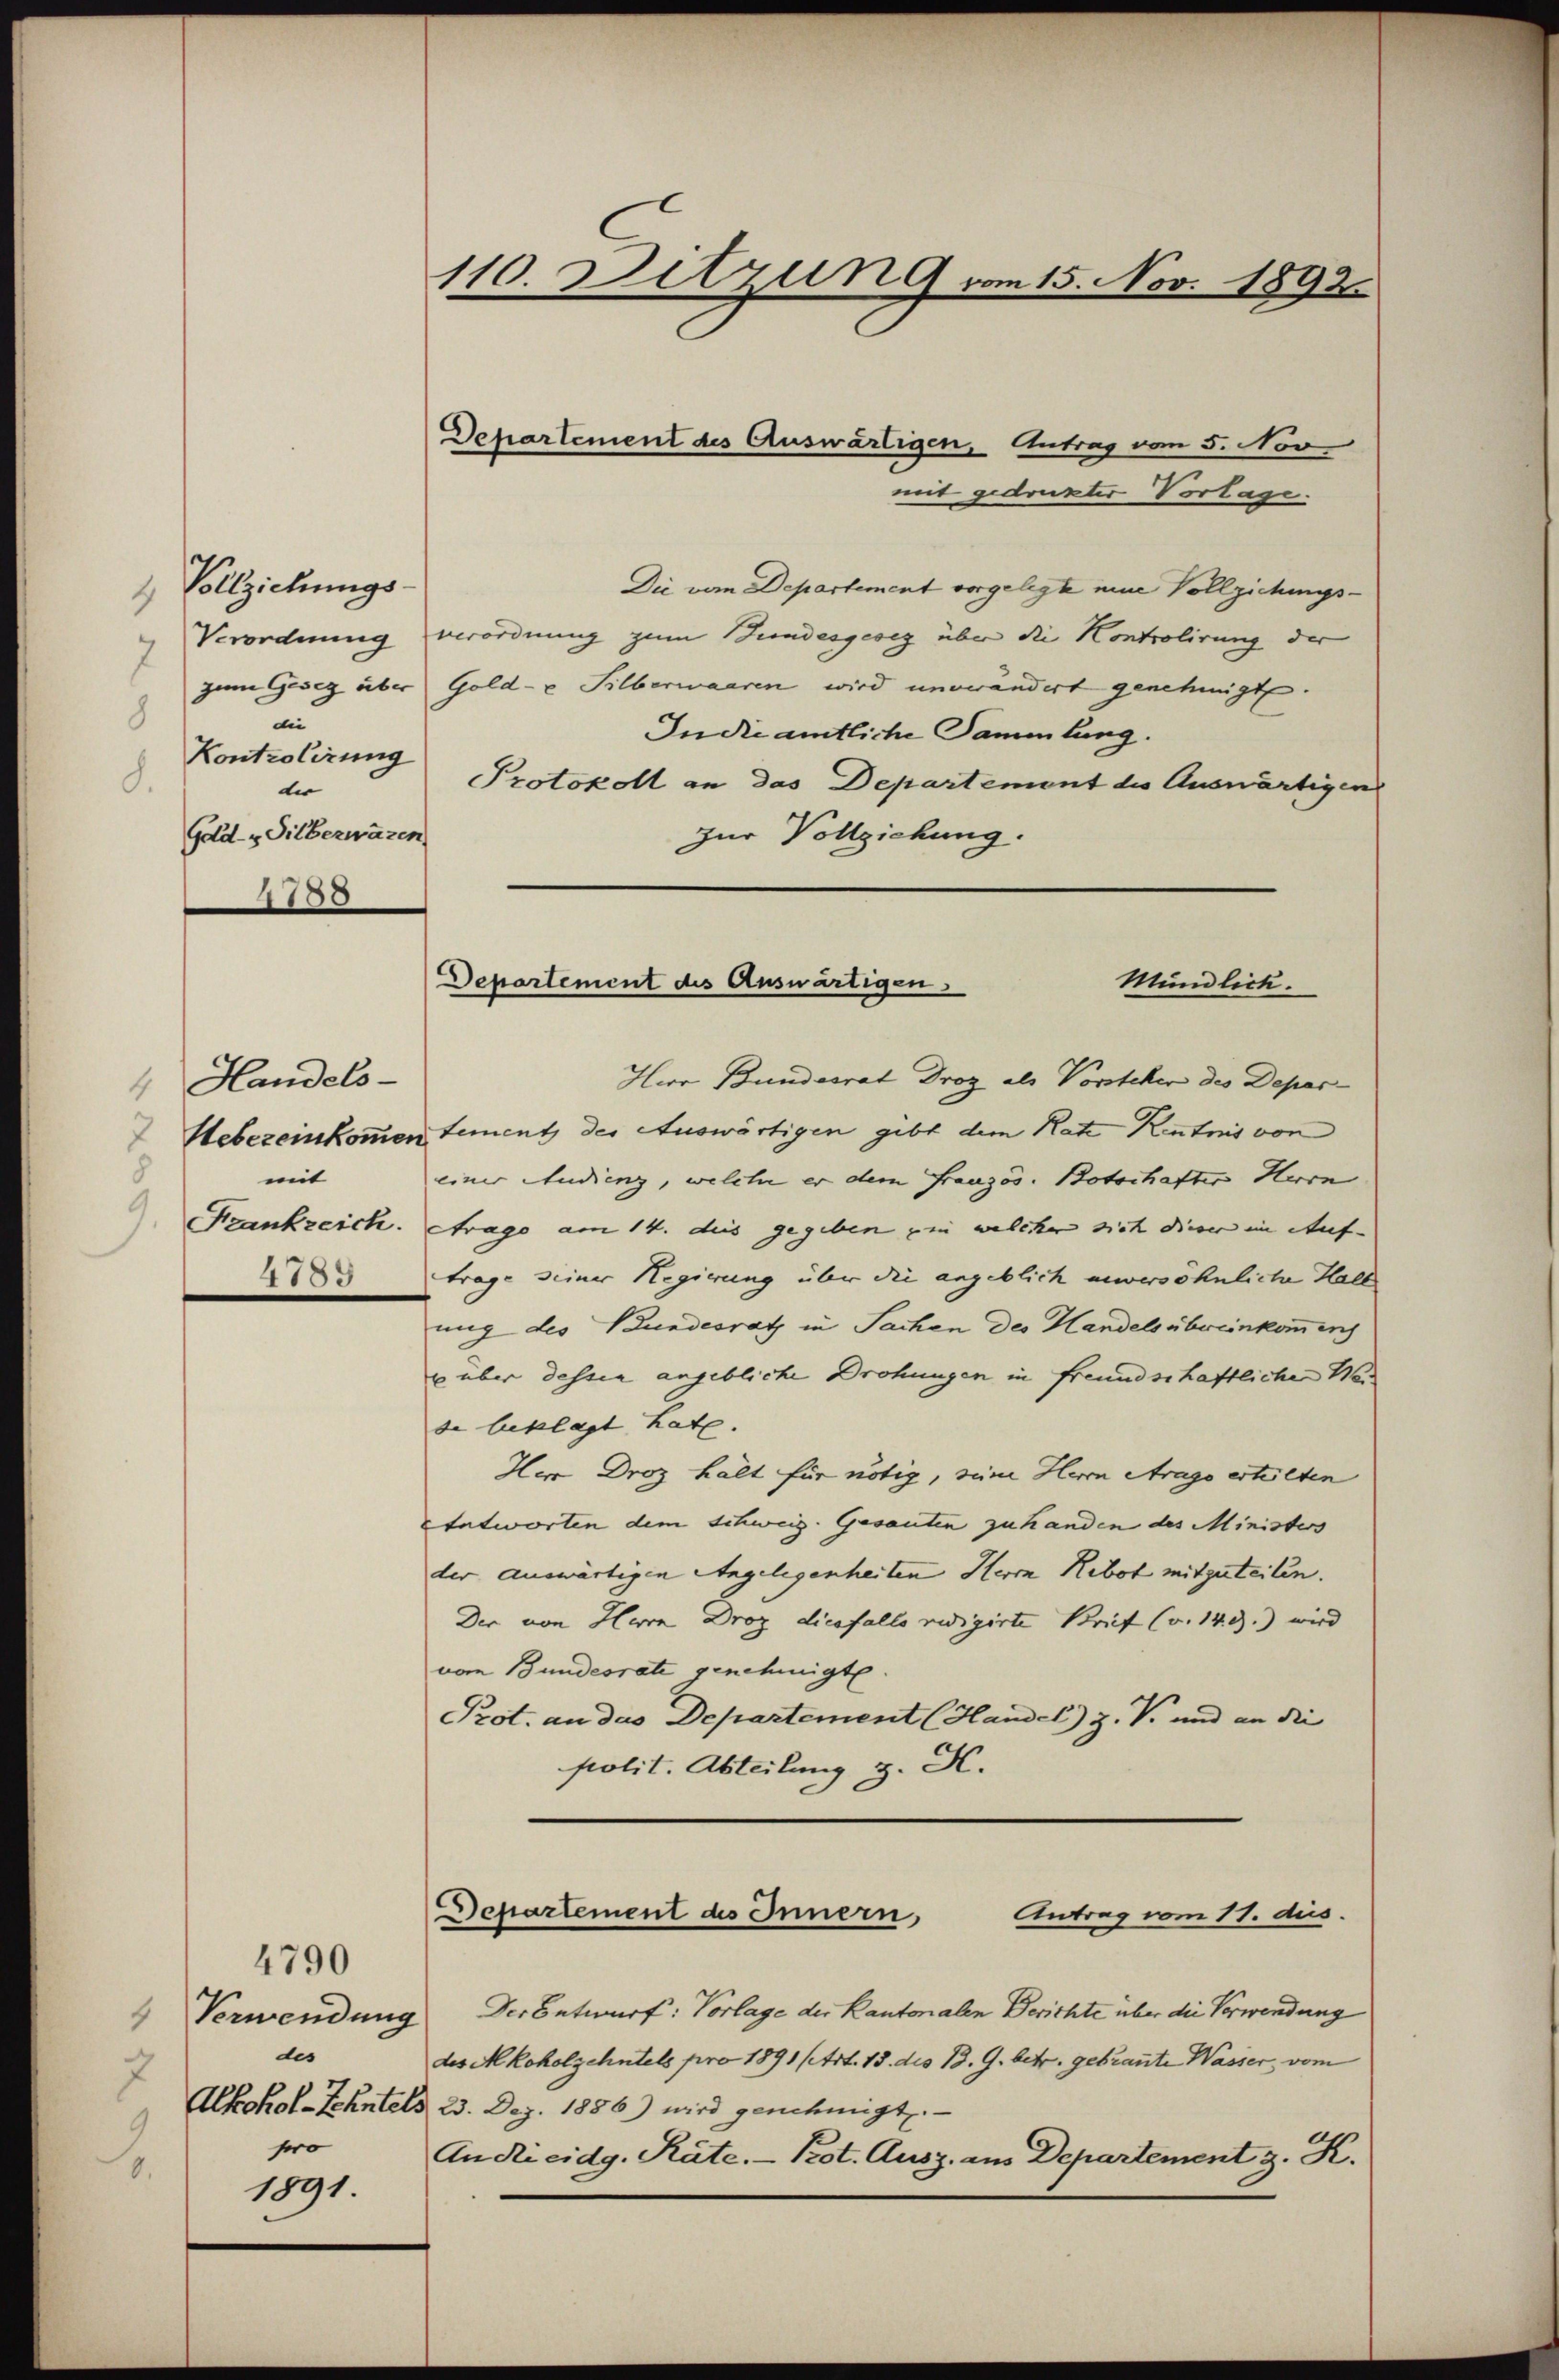
Vollziehungs-
7
8
die
Kontrolirung
8.
di
Gold Silberwaren
1750

Handels-
8
mit
9
4155

des
7
9
pro
0.
1891.

4790

mit gedruckter Vorlage.
Die vom Departement vorgelegte eine Vollziehungs¬
Verordnung verordnung zum Bundesgeseg über die Kontrolirung der
zum Gesez über Gold- & Silberwaaren wird unverändert genehmigt.
In die amtliche Sammlung.
Protokoll an das Departement die Auswärtigen
zur Vollziehung.
Herr Bundesrat Droz als Vorsteher des Depar
 Hebereinkommen tement des Auswärtigen gibt dem Rate Kentnis von
einer Studienz, welcher er dem Französ. Botschafter Herrn
Frankzeich. Arago am 14. dies gegeben ein welchen sich dieser im Auf-
trage seiner Regierung über die angeblich unversöhnliche Hall
ung des Bundesrath in Sachen des Handels übereinkommenh
u über dessen angebliche Drohungen in freundschaftliche Wer
de beklagt hat.
Herr Droz hält für nötig, seine Herrn Arago erteilten
Entworten dem schweiz. Gesanten zu handen des Ministers
der auswärtigen Angelegenheiten Herr Rebot mitzuteilen.
Der von Herrn Droz diesfalle redigirte Brief (v. 143.) wird
von Bundesrate genehmigte
Prot. an das Departement (Handel) Z. V. und an die |
polit. Abteilung z. K.

110. Sitzun 9 vom 15. Nov. 1892.

Departement des Auswärtigen, Antrag von 5. Nov

Departement des Auswärtigen
Mündlich.

Departement des Innern,
Antrag vom 11. dus.

Verwendung der Entwurf: Vorlage der Kantonalen Berichte über die Verwendung
des Mkoholzehntels pro 1891 (Art. 15. des B. G. betr. gebrante Wasser, vom
Alkohol-Zehntels 23. Dez. 1886) wird genehmigt.
An Rieidg. Räte. - Prot. Ausz. aus Departement z. K.